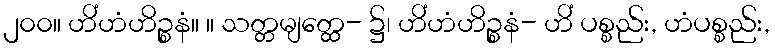
၂၀၀။ ဟိံဟံဟိဉ္စနံ။ ။ သတ္တမျတ္ထေ- ၌၊ ဟိံဟံဟိဉ္စနံ- ဟိံ ပစ္စည်း, ဟံပစ္စည်း,